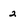
Character: 2